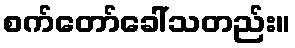
စက်တော်ခေါ်သတည်း။